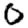
Digit: 0